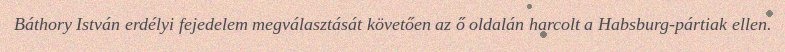
Báthory István erdélyi fejedelem megválasztását követően az ő oldalán harcolt a Habsburg-pártiak ellen.